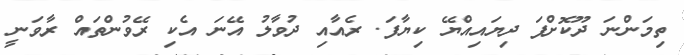
ތިމަންނަ ދޫކޮށްފަ ދިޔައިއްޔޭ ކިޔާފަ. ރެއާއި ދުވާލު އޭނަ އެކި ރޭވުންތައް ރާވަނީ